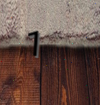
1